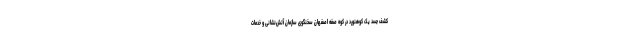
کشف جسد یک کوهنورد در کوه صفه اصفهان سخنگوی سازمان آتش‌نشانی و خدمات